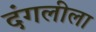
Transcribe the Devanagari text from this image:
दंगलीला